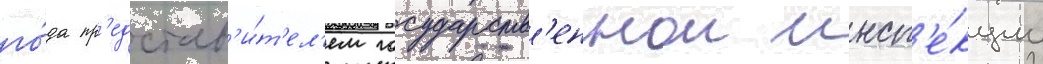
го́да пр'едстав'и́т'ел'ем государств'еннои инсп'е́кции